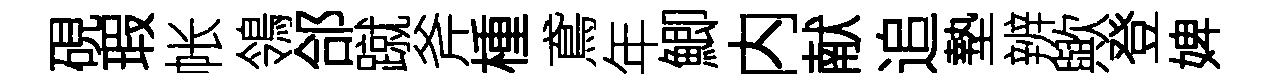
硯瑕帐鴒郃蹴斧㮔鳶年鯽内献追墊辨歟登婢